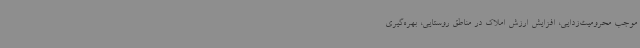
موجب محرومیت‌زدایی، افزایش ارزش املاک در مناطق روستایی، بهره‌گیری